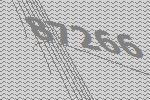
87266